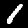
Digit: 1